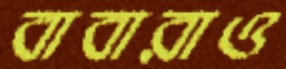
বাবারাও